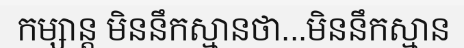
កម្សាន្ត មិននឹកស្មានថា...មិននឹកស្មាន